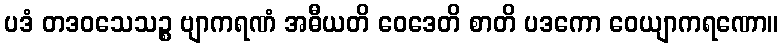
ပဒံ တဒဝသေသဉ္စ ဗျာကရဏံ အဓီယတိ ဝေဒေတိ စာတိ ပဒကော ဝေယျာကရဏော။